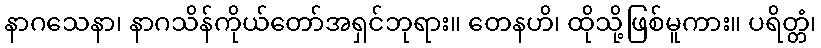
နာဂသေနာ၊ နာဂသိန်ကိုယ်တော်အရှင်ဘုရား။ တေနဟိ၊ ထိုသို့ဖြစ်မူကား။ ပရိတ္တံ၊